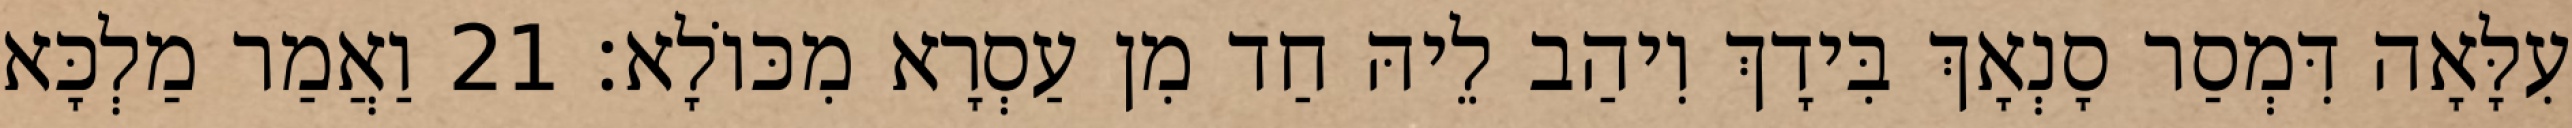
עִלָּאָה דִּמְסַר סָנְאָךְ בִּידָךְ וִיהַב לֵיהּ חַד מִן עַסְרָא מִכּוֹלָא׃ 21 וַאֲמַר מַלְכָּא